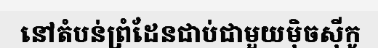
នៅតំបន់ព្រំដែនជាប់ជាមួយម៉ិចស៊ីកូ